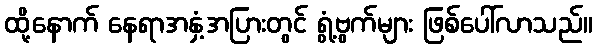
ထို့နောက် နေရာအနှံ့အပြားတွင် ရွံ့ဗွက်များ ဖြစ်ပေါ်လာသည်။